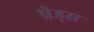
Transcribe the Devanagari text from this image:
प्रेड्स